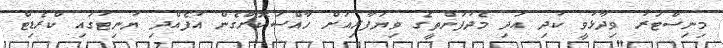
މިނިސްޓަރު ވިދާޅުވީ ކުދި އަދި މެދުފަންތީގެ ވިޔަފާރިއަށް ހާއްސަކޮށްގެން އުފެއްދި ޔުނިޓުގައި ކްރެޑިޓް